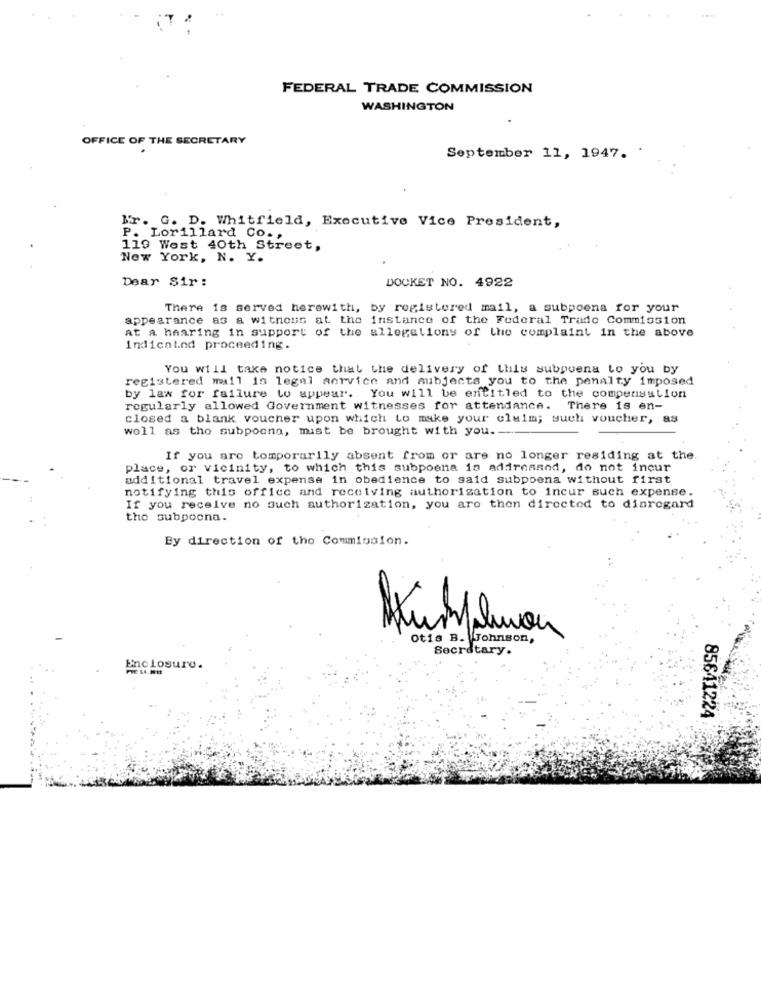
FEDERAL TRADE COMMISSION
WASHINGTON
OFFICE OF THE SECRETARY
September 11, 1947.
I'r. G. D. Whitfield, Executive Vice President,
P. Lorillard Co .,
119 Wost 40th Street,
New York, N. Y.
Dear Sir :
DOCKET NO. 4922
There is served herewith, by registered mail, a subpoena for your
appearance as a witnous at the instance of the Federal Trade Commission
at a hearing in support of the allegations of the complaint in the above
indicaind proceeding.
You will take notice that the delivery of this subpoena to you by
registered mail is legal service and subjects you to the penalty imposed
by law for failure to appear. You will be entitled to the compensation
regularly allowed Government witnesses for attendance. There is en-
closed a blank voucher upon which to make your olulm; such voucher, as
well as the subpoena, mist be brought with you .---
If you are tomporarily absent from or are no longer residing at the.
place, or vicinity, to which this subpoena is addressed, do not incur
additional travel expense in obedience to said subpoena without first
notifying this office and receiving authorization to incur such expense.
If you receive no such authorization, you are then directed to disregard
the subpoena.
By direction of the Commission.
Akusplnou
Otis B. Johnson,
Secretary.
Enclosure.
85641224